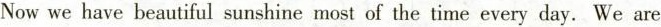
Now we have beautiful sunshine most of the time every day. We are